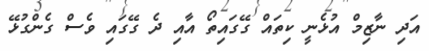
އަދި ނާޒިމް އުޅެނީ ކިތައް ގޭގައިތޯ އާއި ދެ ގޭގައި ވެސް ގެންގުޅޭ